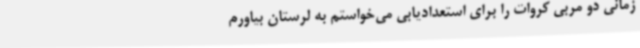
زمانی دو مربی کروات را برای استعدادیابی می‌خواستم به لرستان بیاورم